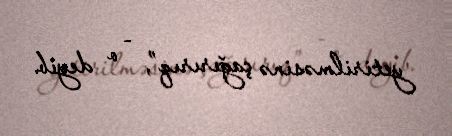
yetirilməsinə çağırırıq”, - o deyib.